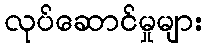
လုပ်ဆောင်မှုများ